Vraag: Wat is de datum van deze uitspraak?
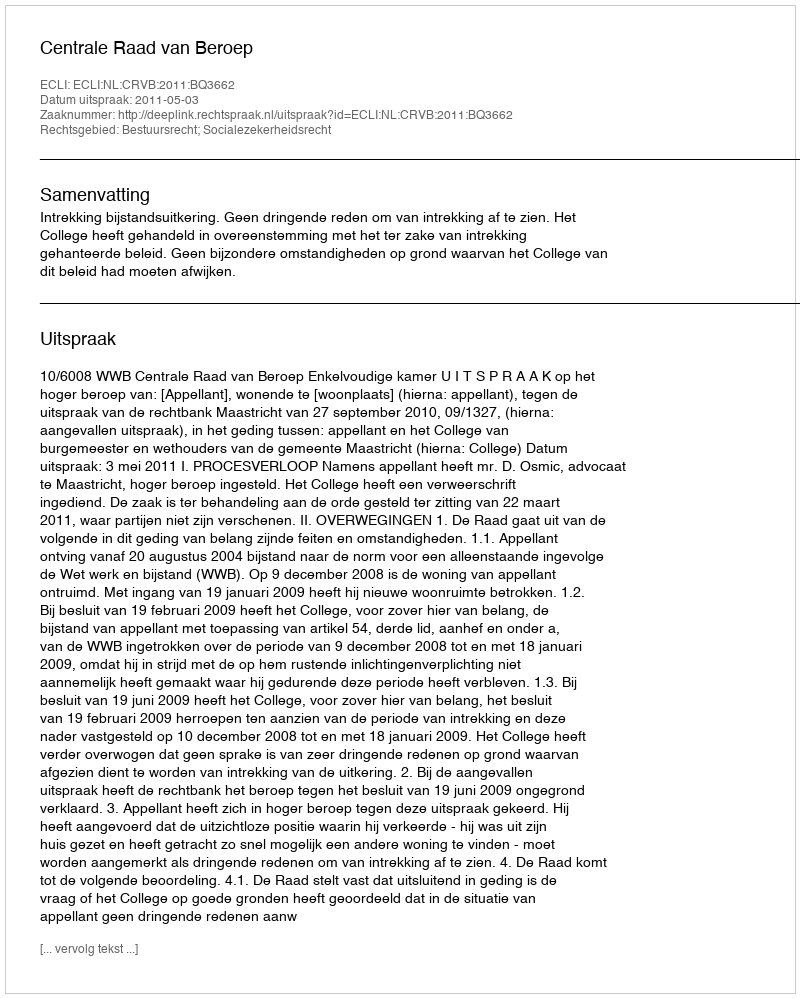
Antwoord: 2011-05-03